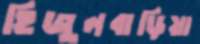
হিজুলবাড়িয়া